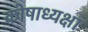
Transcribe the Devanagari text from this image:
कोषाध्यक्षा